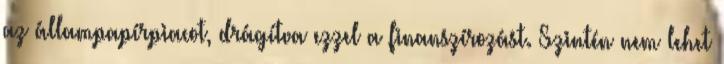
az állampapírpiacot, drágítva ezzel a finanszírozást. Szintén nem lehet